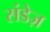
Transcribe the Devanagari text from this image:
संडेज़